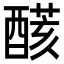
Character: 𨢟